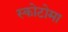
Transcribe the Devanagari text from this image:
स्कोटोमा